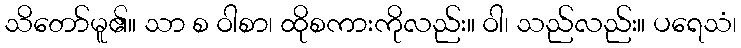
သိတော်မူ၏။ သာ စ ဝါစာ၊ ထိုစကားကိုလည်း။ ဝါ၊ သည်လည်း။ ပရေသံ၊